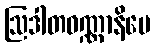
ဩဒါတဝဏ္ဏာနိပေ